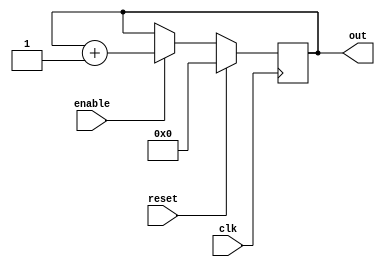
module  counter(
`ifdef USE_POWER_PINS
    inout vccd1,	// User area 1 1.8V supply
    inout vssd1,	// User area 1 digital ground
`endif
output [3:0] out,
input enable,
input clk,
input reset
);

reg [3:0] out;

always @(posedge clk)
begin
    if (reset) begin
        out <= 4'b0;
    end else if (enable) begin
        out <= out + 1;
    end
end

endmodule